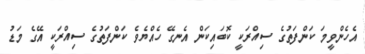
އެހެންވީމަ ކަންފަތުގެ ސިއްރަކީ ކޮބައިކަން އެނގޭ ހެއްޔެވެ ކަންފަތުގެ ސިއްރަކީ އޭގެ މަޑު